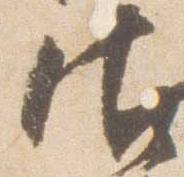
御